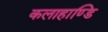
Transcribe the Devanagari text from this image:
कलाहाण्डि